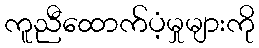
ကူညီထောက်ပံ့မှုများကို